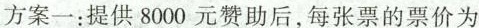
方案一：提供8000元赞助后，每张票的票价为